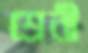
শ্রেনী